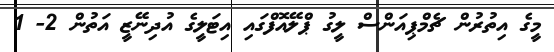
މީގެ އިތުރުން ޗެމްޕިއަންސް ލީގު ޕްލޭއޮފްގައި އިޓަލީގެ އުދިނޭޒީ އަތުން 2- 1